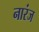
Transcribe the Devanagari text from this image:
नारंज